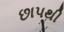
છાપથી